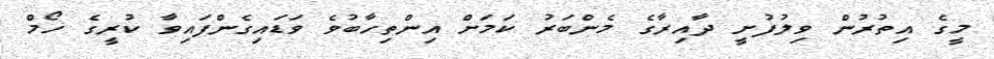
މީގެ އިތުރުން ވިލުފުށީ ދާއިރާގެ މެންބަރު ކަމަށް އިންތިހާބުވެ ވަޑައިގެންފައިވާ ކުރީގެ ހޯމް